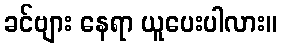
ခင်ဗျား နေရာ ယူပေးပါလား။